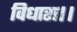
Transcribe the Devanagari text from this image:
विधारा।।